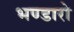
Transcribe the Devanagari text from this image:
भण्डारो